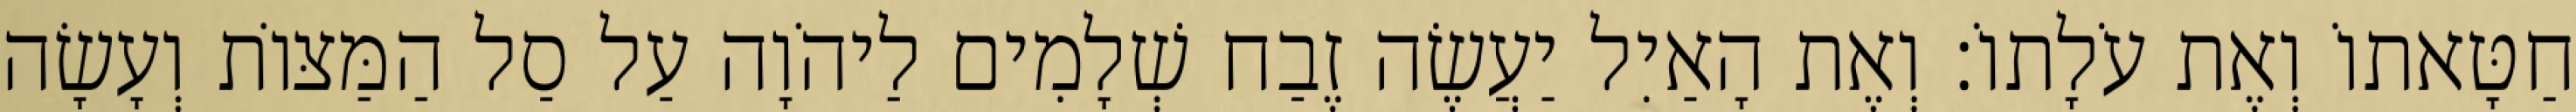
חַטָּאתוֹ וְאֶת עֹלָתוֹ׃ וְאֶת הָאַיִל יַעֲשֶׂה זֶבַח שְׁלָמִים לַיהֹוָה עַל סַל הַמַּצּוֹת וְעָשָׂה